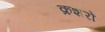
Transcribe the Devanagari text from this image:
क्रशरों